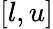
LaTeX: [l,u]